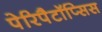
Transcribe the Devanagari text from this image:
पेरिपैटॉप्सिस